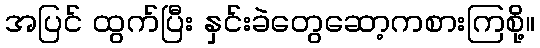
အပြင် ထွက်ပြီး နှင်းခဲတွေဆော့ကစားကြစို့။